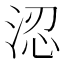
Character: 涊